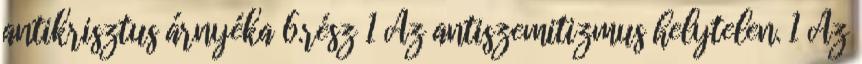
antikrisztus árnyéka 6.rész 1 Az antiszemitizmus helytelen. 1 Az